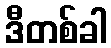
ဒီတစ်ခါ